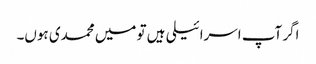
اگر آپ اسرائیلی ہیں تو میں محمدی ہوں۔